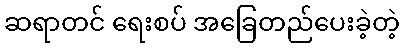
ဆရာတင် ရေးစပ် အခြေတည်ပေးခဲ့တဲ့